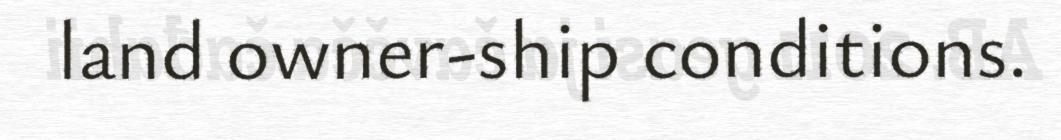
land owner-ship conditions.